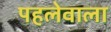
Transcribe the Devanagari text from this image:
पहलेवाला